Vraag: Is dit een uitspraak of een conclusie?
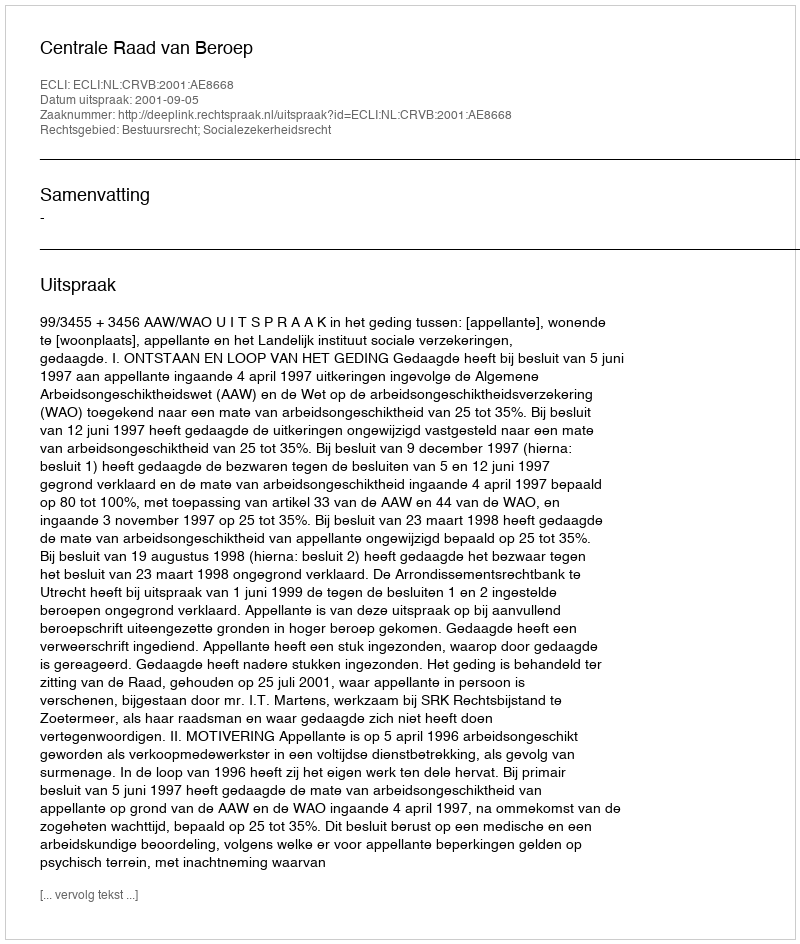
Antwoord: Uitspraak